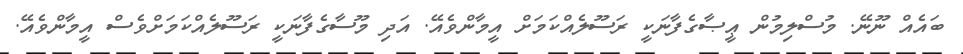
ބައެއް ނޫނޭ. މުސްލިމުން ޢީޞާގެފާނަކީ ރަސޫލެއްކަމަށް އީމާންވެއޭ. އަދި މޫސާގެފާނަކީ ރަސޫލެއްކަމަށްވެސް އީމާންވެއޭ.